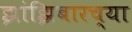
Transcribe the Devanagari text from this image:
झांझिबारच्या